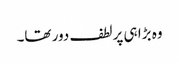
وہ بڑا ہی پرلطف دور تھا۔